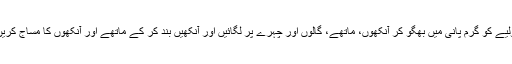
تولیے کو گرم پانی میں بھگو کر آنکھوں، ماتھے، گالوں اور چہرے پر لگائیں اور آنکھیں بند کر کے ماتھے اور آنکھوں کا مساج کریں۔